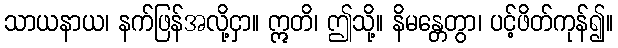
သာယနာယ၊ နက်ဖြန်အလို့ငှာ။ ဣတိ၊ ဤသို့။ နိမန္တေတွာ၊ ပင့်ဖိတ်ကုန်၍။